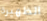
الظهيرة